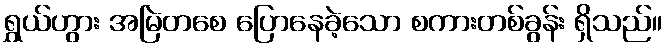
ရွှယ်ဟွား အမြဲတစေ ပြောနေခဲ့သော စကားတစ်ခွန်း ရှိသည်။